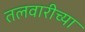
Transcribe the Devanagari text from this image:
तलवारीच्‍या